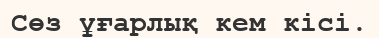
Сөз ұғарлық кем кісі.